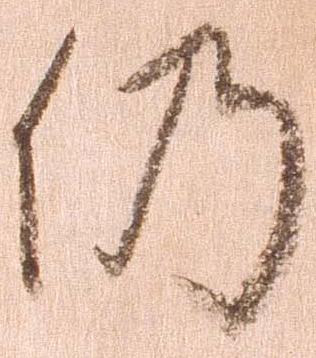
仍